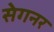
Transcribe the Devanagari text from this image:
सेगनर